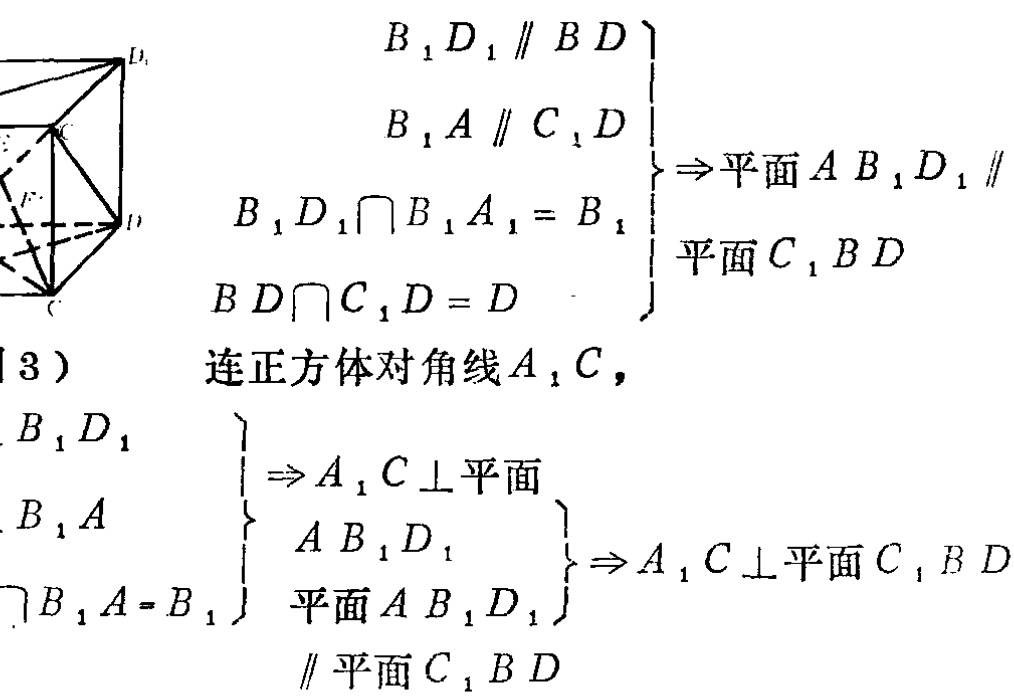
\begin{align*}
&\left.\begin{array}{l}
B_{1}D_{1}\parallel BD\\
B_{1}A\parallel C_{1}D\\
B_{1}D_{1}\cap B_{1}A_{1}=B_{1}\\
BD\cap C_{1}D = D
\end{array}\right\} \Rightarrow \text{平面}AB_{1}D_{1}\parallel \text{平面}C_{1}BD\\
&\text{(3) 连正方体对角线}A_{1}C,\\
&\left.\begin{array}{l}
B_{1}D_{1}\\
B_{1}A\\
B_{1}A = B_{1}
\end{array}\right\} \Rightarrow A_{1}C\perp \text{平面}AB_{1}D_{1}\\
&\left.\begin{array}{l}
A_{1}C\perp \text{平面}AB_{1}D_{1}\\
\text{平面}AB_{1}D_{1}\parallel \text{平面}C_{1}BD
\end{array}\right\} \Rightarrow A_{1}C\perp \text{平面}C_{1}BD
\end{align*}